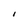
Character: I